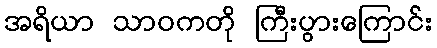
အရိယာ သာဝကတို ကြီးပွားကြောင်း